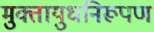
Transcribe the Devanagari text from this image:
मुक्तायुधनिरूपण